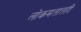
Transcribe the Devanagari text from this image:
लोकमतातही